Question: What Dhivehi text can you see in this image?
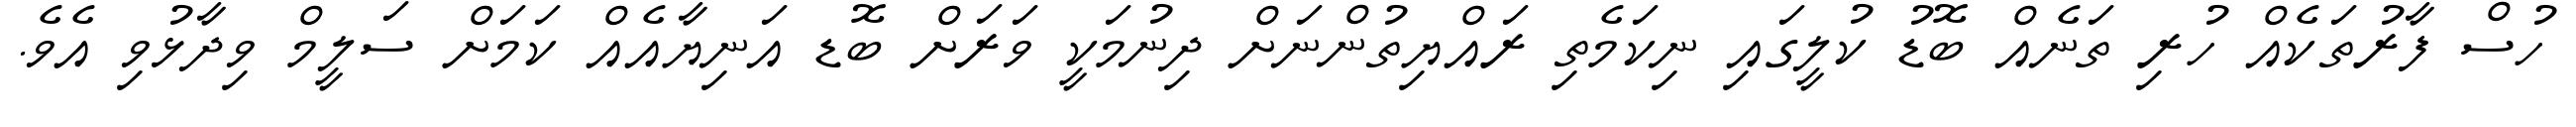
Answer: ހުސް ފާރުތަކެއް ހުރި ތަނެއް ބޮޑު ކުލީގައި ނިކަމެތި ރައްޔިތުންނަށް ދިނުމަކީ ވަރަށް ބޮޑ އަނިޔާއެއް ކަމަށް ސަލީމް ވިދާޅުވި އެވެ.